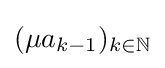
(\mu a_{k-1})_{k\in \mathbb {N} }